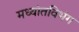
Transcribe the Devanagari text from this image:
मध्यांतविभंग